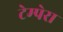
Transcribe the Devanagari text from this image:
टेम्पेरा